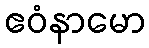
ဧဝံနာမော